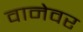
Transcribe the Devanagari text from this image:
वानेवर